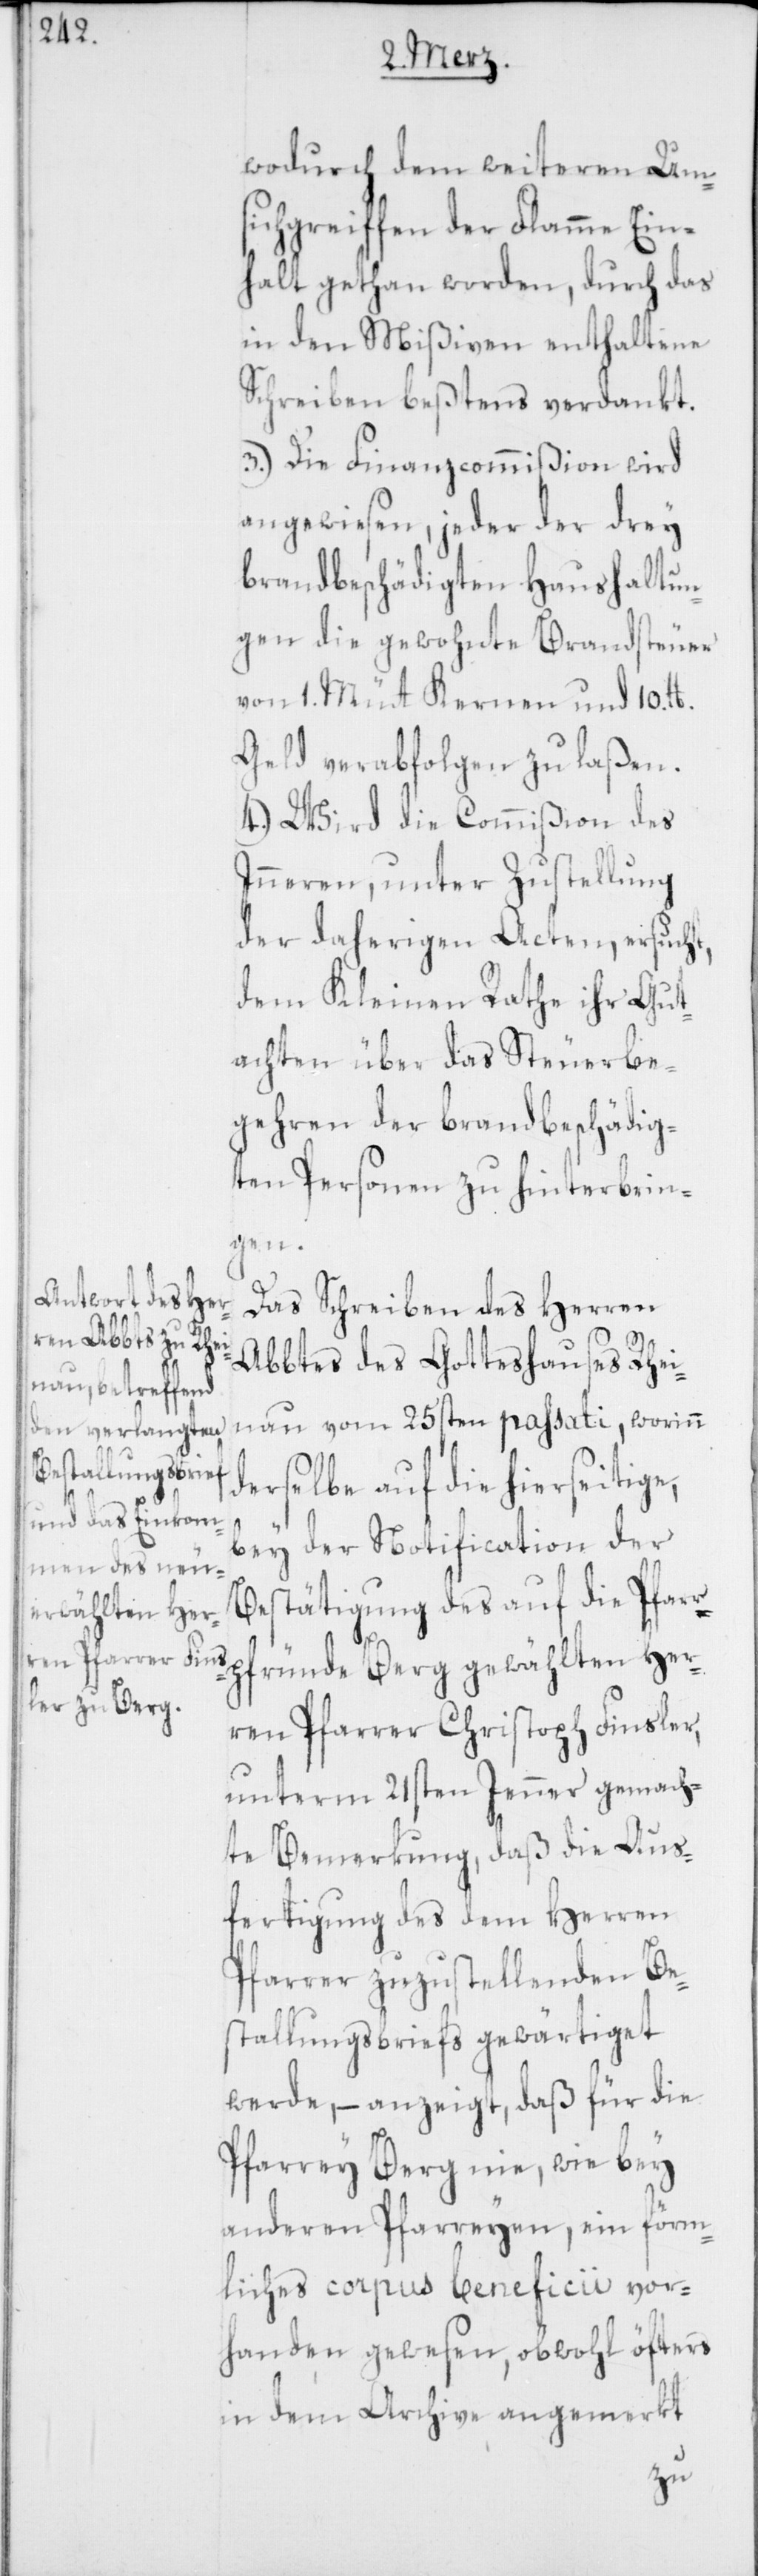
wodurch dem weiteren Um¬
sichgreiffen der Flamme Ein¬
halt gethan worden, durch das
in den Mißiven enthaltene
Schreiben beßtens verdankt.
3.) Die Finanzcommißion wird
angewiesen, jeder der drey
brandbeschädigten Haushaltun¬
gen die gewohnte Brandsteuer
von 1. Müt Kernen und 10. lb.
Geld verabfolgen zu laßen.
4.) Wird die Commißion des
Inneren, unter Zustellung
der daherigen Acten, ersucht,
dem Kleinen Rathe ihr Gut¬
achten über das Steuerbe¬
gehren der brandbeschädig¬
ten Personen zu hinterbrin¬
pfründe
Das Schreiben des Herren
Abbtes des Gotteshauses Rhei¬
nau vom 25sten passati, worinn
derselbe auf die hierseitig¬
bey der Notification der
Bestätigung des auf die Pfarr¬
gewählten Her¬
ren Pfarrer Christoph Finsler,
unterm 21sten Jenner gemach¬
te Bemerkung, daß die Aus¬
fertigung des dem Herren
Pfarrer zuzustellenden Be¬
stallungsbrief gewärtiget
werde, – anzeigt, daß für die
Pfarrey Berg nie, wie bey
anderen Pfarreyen, ein förm¬
liches corpus beneficii vor¬
handen gewesen, obwohl öfters
in dem Archive angemerkt
e,